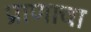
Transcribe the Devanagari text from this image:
प्राणाचा